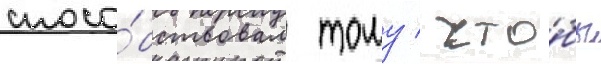
спосо́бствовал тому / что́бы